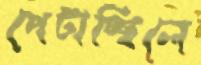
পেটাচ্ছিলে